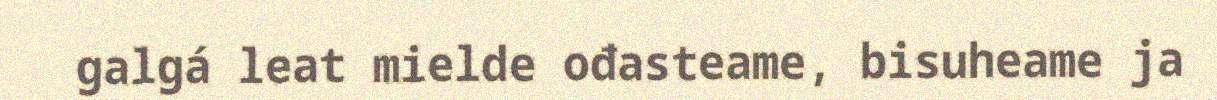
galgá leat mielde ođasteame, bisuheame ja